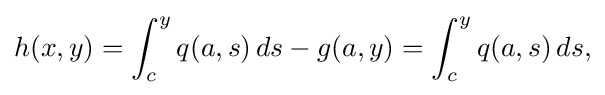
\displaystyle {h(x,y)=\int _{c}^{y}q(a,s)\,ds-g(a,y)=\int _{c}^{y}q(a,s)\,ds,}